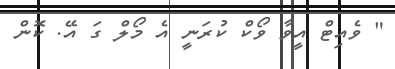
" ވެއިޓް އީވާ ވޯކް ކުރަނީ އެ މޯލް ގަ އޭ. ކޮން